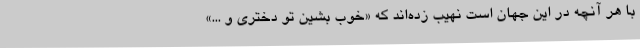
با هر آنچه در این جهان است نهیب زده‌اند که «خوب بشین تو دختری و ...»